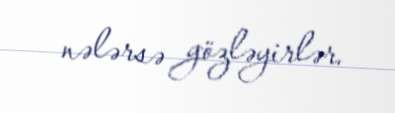
nələrsə gözləyirlər.